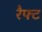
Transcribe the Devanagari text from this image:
रैफ्ट